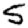
Digit: 5